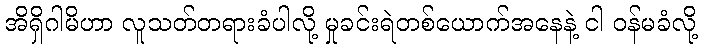
အိရှိဂါမိဟာ လူသတ်တရားခံပါလို့ မှုခင်းရဲတစ်ယောက်အနေနဲ့ ငါ ဝန်မခံလို့